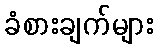
ခံစားချက်များ